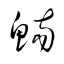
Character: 鰒